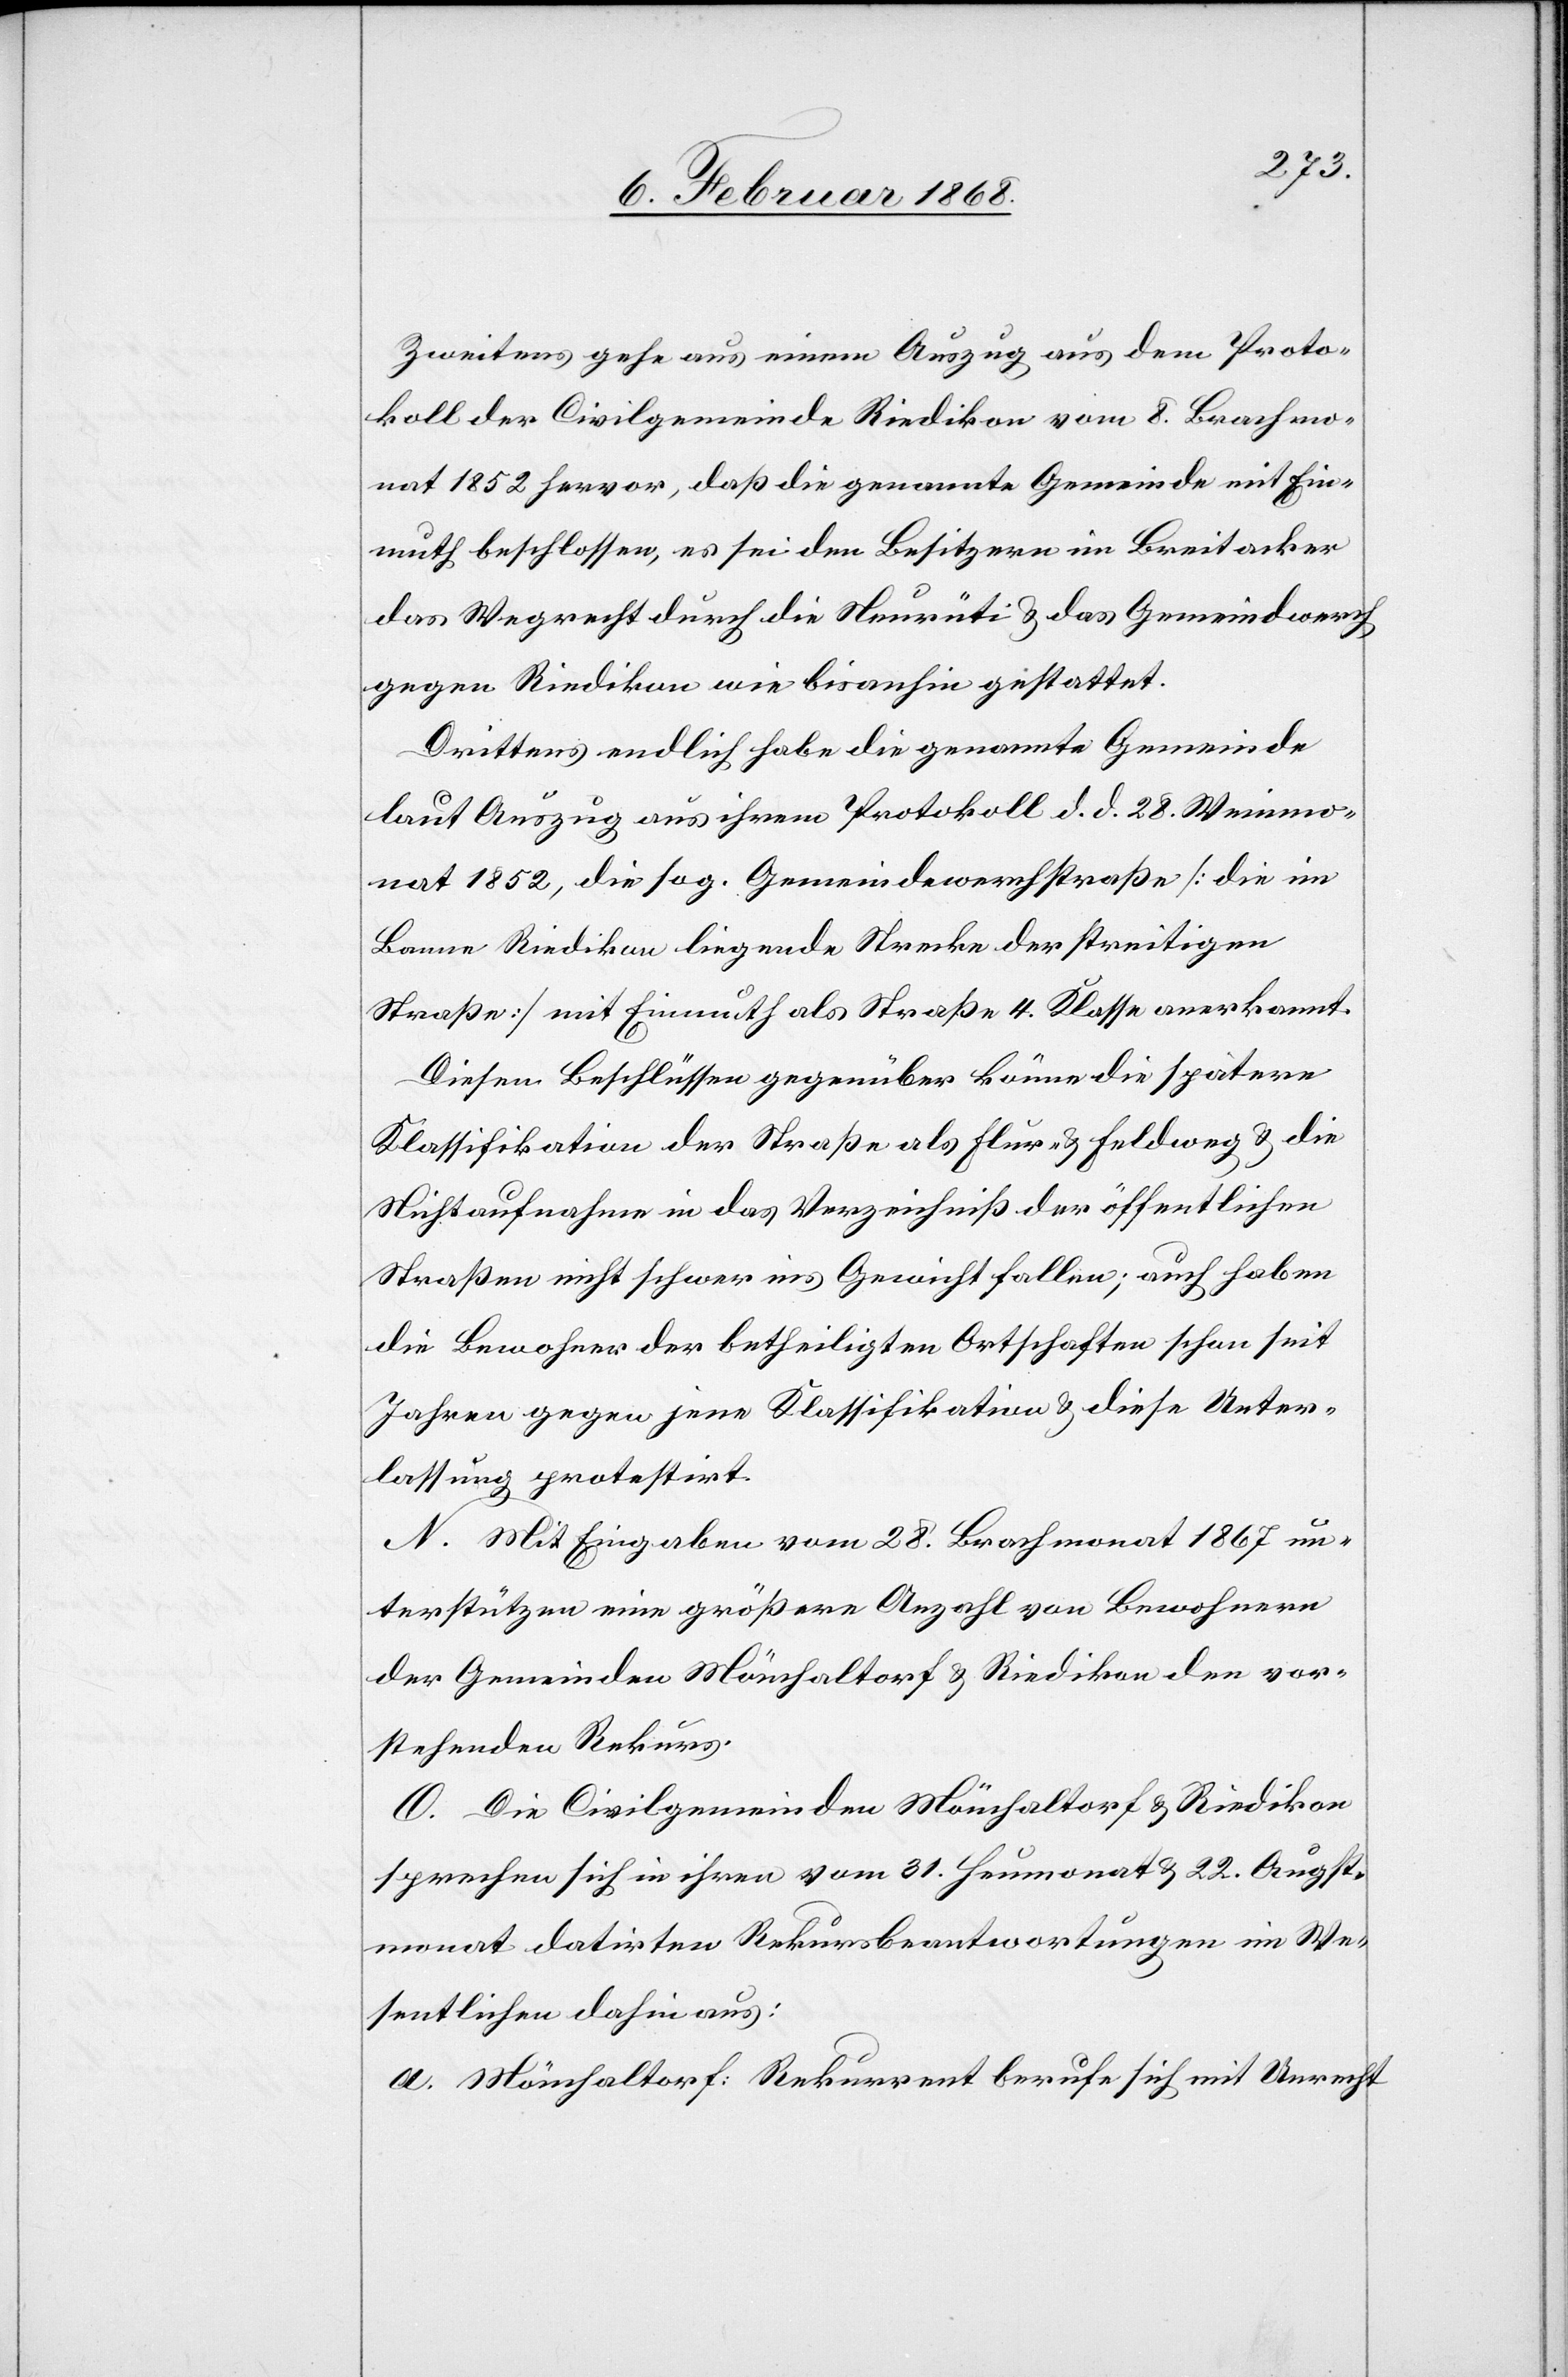
Zweitens gehe aus einem Auszug aus dem Proto¬
koll der Civilgemeinde Riedikon vom 8. Brachmo¬
nat 1852 hervor, daß die genannte Gemeinde mit Ein¬
muth beschlossen, es sei den Besitzern im Breitacker
das Wegrecht durch die Neurüti & das Gemeindwerch
gegen Riedikon wie bisanhin gestattet.
Drittens endlich habe die genannte Gemeinde
laut Auszug aus ihrem Protokoll d. d. 28. Weinmo¬
nat 1852, die sog. Gemeindewerchstraße [die im
Banne Riedikon liegende Strecke der streitigen
Straße] mit Einmuth als Straße 4. Klasse anerkannt.
Diesen Beschlüssen gegenüber könne die spätere
Klassifikation der Straße als Flur- & Feldweg & die
Nichtaufnahme in das Verzeichniß der öffentlichen
Straßen nicht schwer ins Gewicht fallen; auch haben
die Bewohner der betheiligten Ortschaften schon seit
Jahren gegen jene Klassifikation & diese Unter¬
lassung protestirt.
N. Mit Eingaben vom 28. Brachmonat 1867 un¬
terstützen eine größere Anzahl von Bewohnern
der Gemeinden Mönchaltorf & Riedikon den vor¬
stehenden Rekurs.
O. Die Civilgemeinden Mönchaltorf & Riedikon
sprechen sich in ihren vom 31. Heumonat & 22. Augst¬
monat datirten Rekursbeantwortungen im We¬
sentlichen dahin aus:
a. Mönchaltorf: Rekurrent berufe sich mit Unrecht